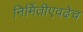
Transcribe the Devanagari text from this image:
निर्मितीएवढेच